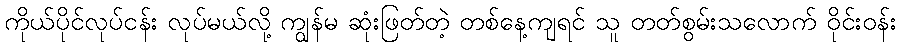
ကိုယ်ပိုင်လုပ်ငန်း လုပ်မယ်လို့ ကျွန်မ ဆုံးဖြတ်တဲ့ တစ်နေ့ကျရင် သူ တတ်စွမ်းသလောက် ဝိုင်းဝန်း